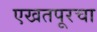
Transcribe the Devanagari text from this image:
एखतपूरचा